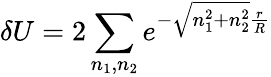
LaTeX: \delta U=2\sum_{n_{1},n_{2}}e^{-\sqrt{n_{1}^{2}+n_{2}^{2}}\frac{r}{R}}